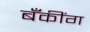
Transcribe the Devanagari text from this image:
बॅँकींग